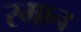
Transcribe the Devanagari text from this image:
रमान